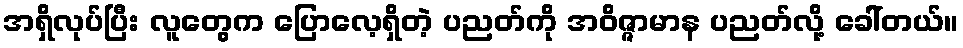
အရှိလုပ်ပြီး လူတွေက ပြောလေ့ရှိတဲ့ ပညတ်ကို အဝိဇ္ဇာမာန ပညတ်လို့ ခေါ်တယ်။